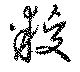
糉